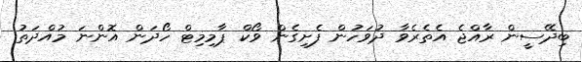
ބިދޭސީން ރާއްޖެ އެތެރެވާ ދުވަހުން ފެށިގެން ވޯކް ޕާމިމިޓް ހޯދަން އޮންނަ މުއްދަތު